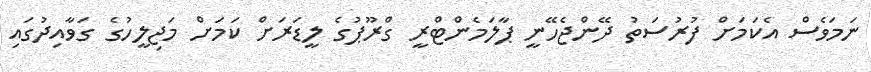
ނަމަވެސް އެކަމަށް ފުރުސަތު ދޭންޖެހޭނީ ޕާލަމެންޓްރީ ގްރޫޕުގެ ލީޑަރަށް ކަމަށް މަޖިލީހުގެ ގަވާއިދުގައި